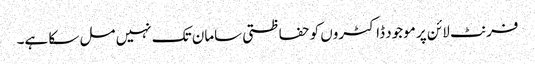
فرنٹ لائن پر موجود ڈاکٹروں کو حفاظتی سامان تک نہیں مل سکا ہے۔